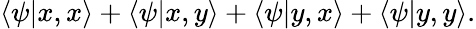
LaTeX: \langle\psi|x,x\rangle+\langle\psi|x,y\rangle+\langle\psi|y,x\rangle+\langle\psi|y,y\rangle.